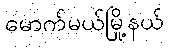
မောက်မယ်မြို့နယ်